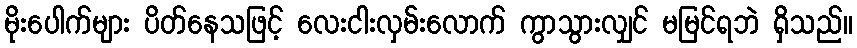
မိုးပေါက်များ ပိတ်နေသဖြင့် လေးငါးလှမ်းလောက် ကွာသွားလျှင် မမြင်ရဘဲ ရှိသည်။